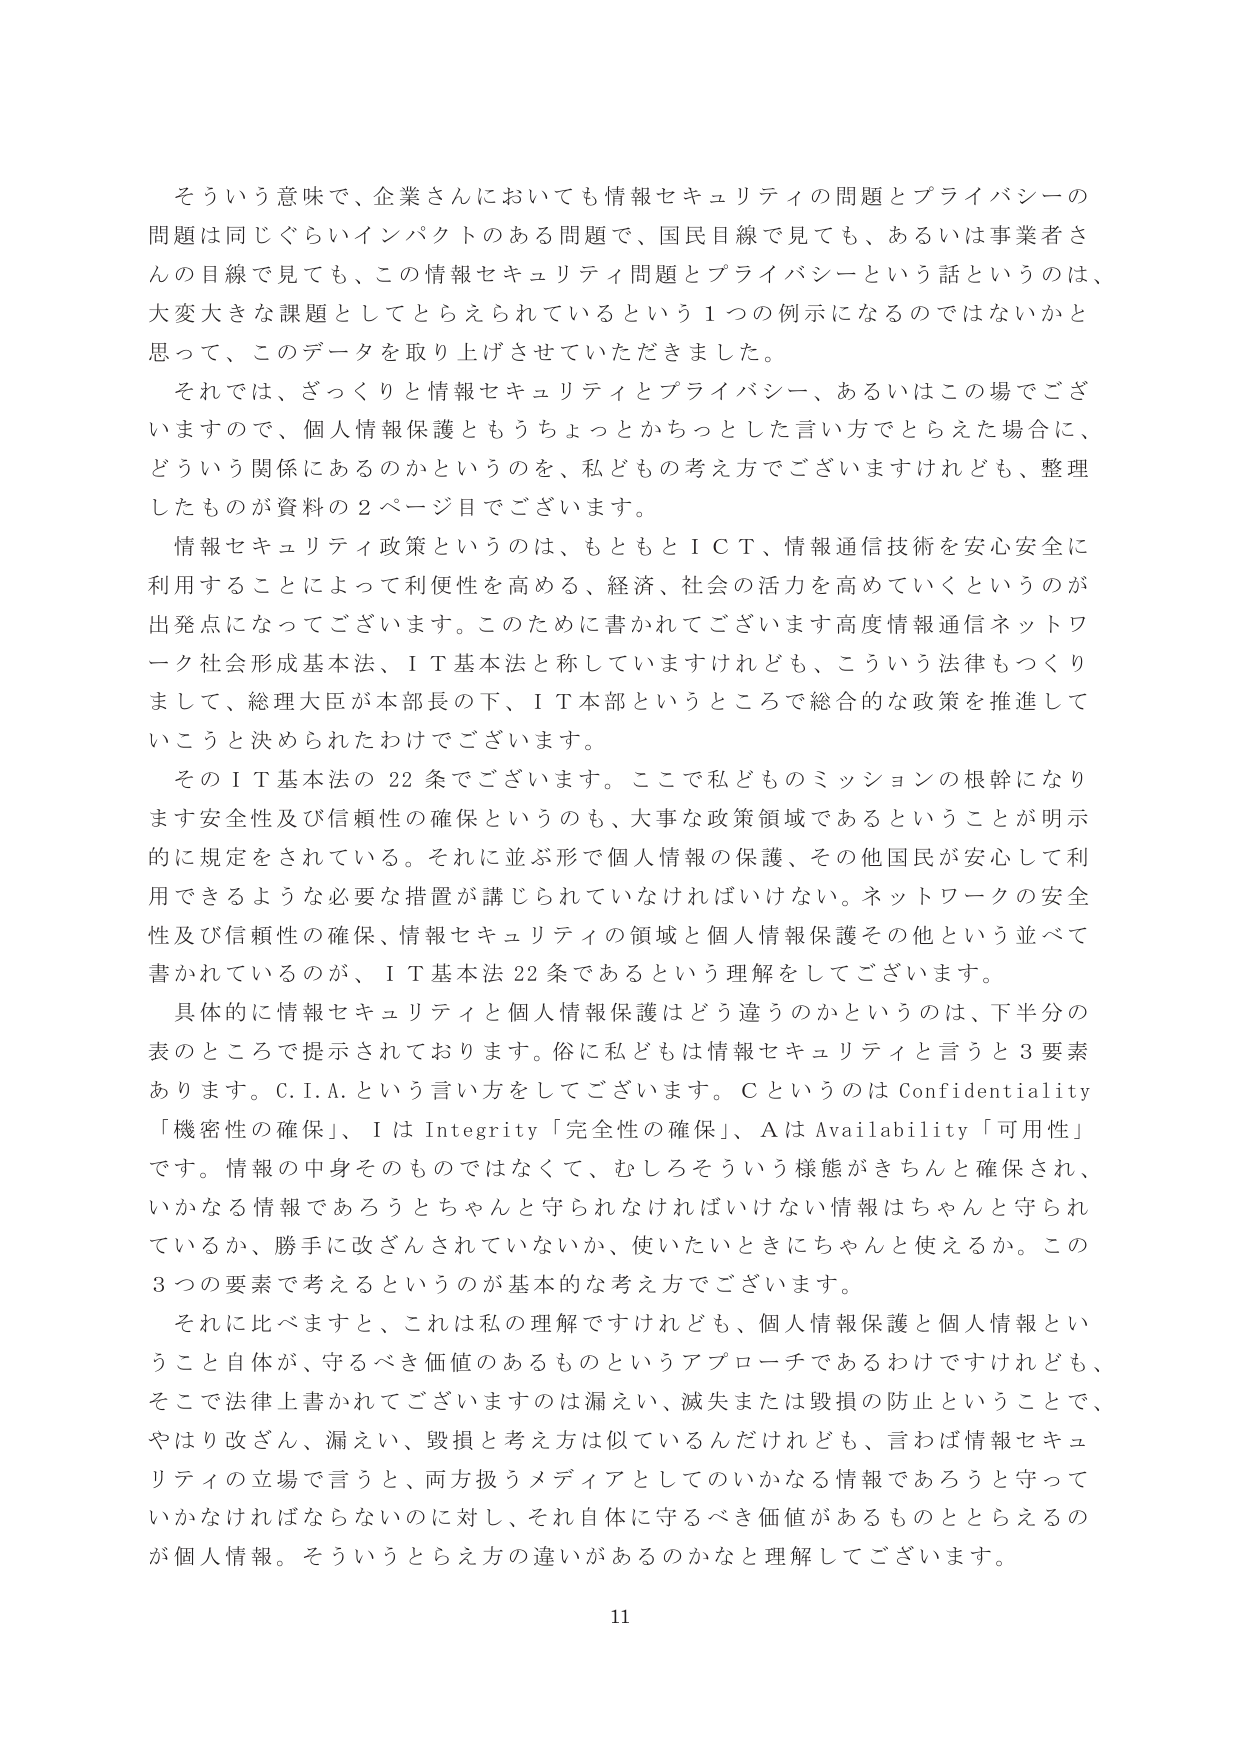
そういう意味で、企業さんにおいても情報セキュリティの問題とプライバシーの問題は同じぐらいインパクトのある問題で、国民目線で見ても、あるいは事業者さんの目線で見ても、この情報セキュリティ問題とプライバシーという話というのは、大変大きな課題としてとらえられているという１つの例示になるのではないかと思って、このデータを取り上げさせていただきました。

それでは、ざっくりと情報セキュリティとプライバシー、あるいはこの場でございますので、個人情報保護ともうちょっとかちっとした言い方でとらえた場合に、どういう関係にあるのかというのを、私どもの考え方でございますけれども、整理したものが資料の２ページ目でございます。

情報セキュリティ政策というのは、もともとＩＣＴ、情報通信技術を安心安全に利用することによって利便性を高める、経済、社会の活力を高めていくというのが出発点になってございます。このために書かれてございます高度情報通信ネットワーク社会形成基本法、ＩＴ基本法と称していますけれども、こういう法律もつくりまして、総理大臣が本部長の下、ＩＴ本部というところで総合的な政策を推進していこうと決められたわけでございます。

そのＩＴ基本法の22条でございます。ここで私どものミッションの根幹になります安全性及び信頼性の確保というのも、大事な政策領域であるということが明示的に規定をされている。それに並ぶ形で個人情報の保護、その他国民が安心して利用できるような必要な措置が講じられていなければならない。ネットワークの安全性及び信頼性の確保、情報セキュリティの領域と個人情報保護その他という並べて書かれているのが、ＩＴ基本法22条であるという理解をしてございます。

具体的に情報セキュリティと個人情報保護はどう違うのかというのは、下半分の表のところで提示されております。俗に私どもは情報セキュリティと言うと３要素あります。Ｃ.Ｉ.Ａ.という言い方をしてございます。Ｃというのは Confidentiality「機密性の確保」、Ｉは Integrity「完全性の確保」、Ａは Availability「可用性」です。情報の中身そのものではなくて、むしろそういう様態がきちんと確保され、いかなる情報であろうとちゃんと守られなければならない情報はちゃんと守られているか、勝手に改ざんされていないか、使いたいときにちゃんと使えるか。この３つの要素で考えるというのが基本的な考え方でございます。

それに比べますと、これは私の理解ですけれども、個人情報保護と個人情報ということ自体が、守るべき価値のあるものというアプローチであるわけですけれども、そこで法律上書かれてございますのは漏えい、滅失または毀損の防止ということで、やはり改ざん、漏えい、毀損と考え方は似ているんだけれども、言わば情報セキュリティの立場で言うと、両方扱うメディアとしてのいかなる情報であろうと守っていかなければならないのに対し、それ自体に守るべき価値があるものととらえるのが個人情報。そういうとらえ方の違いがあるのかなと理解してございます。

11